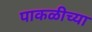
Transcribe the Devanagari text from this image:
पाकळीच्या